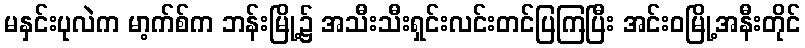
မနှင်းပုလဲက မာ့က်စ်က ဘန်းမြို့၌ အသီးသီးရှင်းလင်းတင်ပြကြပြီး အင်းဝမြို့အနီးတိုင်